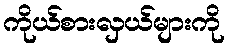
ကိုယ်စားလှယ်များကို